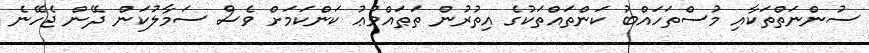
ސުންނަތްތަކާއި މުސްތަހައްބު ކަންތައްތަކުގެ އިތުރުން ތަޠައްވުޢު ކަންކަމަށް ވެސް ސަމާލުކަން ދޭން ޖެހޭނެ